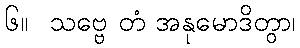
၆။  သဗ္ဗေ တံ အနုမောဒိတွာ၊